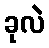
ခုလဲ